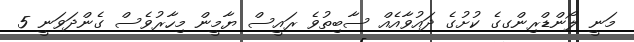
މަނީ ލޯންޑްރިންގގެ ކުށުގެ ދައުވާއެއް ސާބިތުވެ ރައީސް ޔާމީން މިހާރުވެސް ގެންދަވަނީ 5